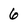
Character: 6